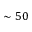
\sim 5 0